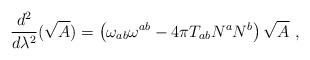
LaTeX: \begin{align*} \frac{d^2}{d\lambda^2}(\sqrt{A}) = \left( \omega_{ab} \omega^{ab} -4\pi T_{ab}N^a N^b \right) \sqrt{A} \ ,\end{align*}